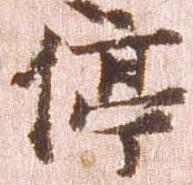
停